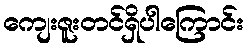
ကျေးဇူးတင်ရှိပါကြောင်း